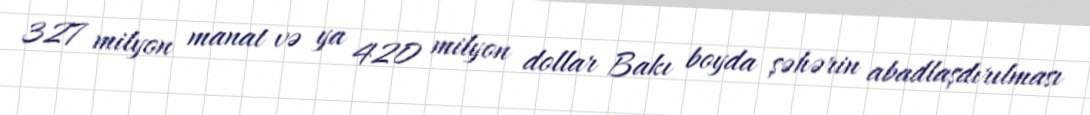
327 milyon manat və ya 420 milyon dollar Bakı boyda şəhərin abadlaşdırılması